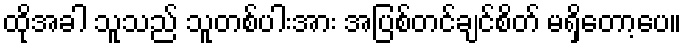
ထိုအခါ သူသည် သူတစ်ပါးအား အပြစ်တင်ချင်စိတ် မရှိတော့ပေ။